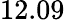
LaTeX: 12.09